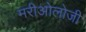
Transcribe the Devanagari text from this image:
मरीओलोजी